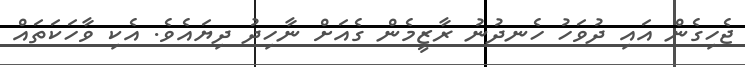
ޖެހިގެން އައި ދުވަހު ހެނދުނު ރާޒީމެން ގެއަށް ނާހިދު ދިޔައެވެ. އެކި ވާހަކަތައް